Report on horse surra - Volume I
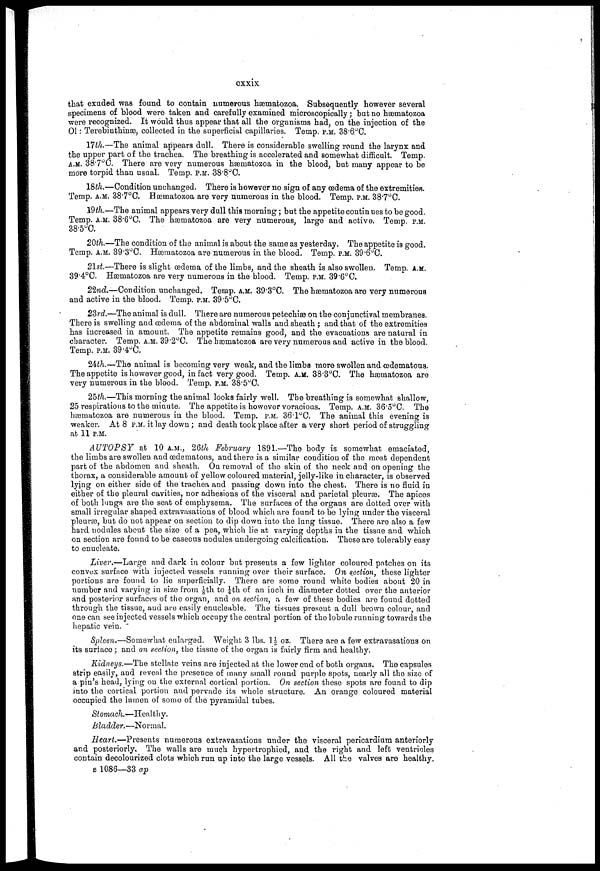
cxxix
that exuded was found to contain numerous hæmatozoa. Subsequently however several
specimens of blood were taken and carefully examined microscopically; but no hæmatozoa
were recognized. It would thus appear that all the organisms had, on the injection of the
Ol: Terebinthinæ, collected in the superficial capillaries. Temp. P.M. 38.6°C.
17th.—The animal appears dull. There is considerable swelling round the larynx and
the upper part of the trachea. The breathing is accelerated and somewhat difficult. Temp.
A.M. 38.7°0. There are very numerous hæmatozoa in the blood, but many appear to be
more torpid than usual. Temp. P.M. 38.8°C.
18th.—Condition unchanged. There is however no sign of any œdema of the extremities.
Temp. A.M. 38.7°C. Hæmatozoa are very numerous in the blood. Temp. P.M. 38.7°C.
19th.—The animal appears very dull this morning; but the appetite continues to be good.
Temp. A.M. 38.6°C, The hæmatozoa are very numerous, large and active. Temp. P.M.
38.5°C.
20th.—The condition of the animal is about the same as yesterday. The appetite is good.
Temp. A.M 39.3°C. Hæmatozoa are numerous in the blood. Temp. P.M. 39.6°C.
21st.—There is slight œdema of the limbs, and the sheath is also swollen. Temp. A.M.
39.4°C. Hæmatozoa are very numerous in the blood. Temp. P.M. 39.6°C.
22nd.—Condition unchanged. Temp. A.M. 39.3°C. The hæniatozoa are very numerous
and active in the blood. Temp. P.M. 39.5°C.
23rd.—The animal is dull. There are numerous petechias on the conjunctival membranes.
There is swelling and œdema of the abdominal walls and sheath : and that of the extremities
has increased in amount. The appetite remains good, and the evacuations are natural in
character . Temp. A.M. 39.2°C. The hæmatozoa are very numerous and active in the blood.
Temp. P.M. 39.4°C.
24th.—The animal is becoming very weak, and the limbs more swollen and œdematous.
The appetite is however good, in fact very good. Temp. A.M. 38.3°C. The hæmatozoa are
very numerous in the blood. Temp. P.M. 38.5°C.
25th.—This morning the animal looks fairly well. The breathing is somewhat shallow,
25 respirations to the minute. The appetite is however voracious. Temp. A.M. 36.5°C. The
hæmatozoa are numerous in the blood. Temp. P.M. 36.1°C. The animal this evening is
weaker. At 8 P.M. it lay down; and death took place after a very short period of struggling
at 11 P.M.
AUTOPSY at 10 A.M., 26th February 1891.—The body is somewhat emaciated,
the limbs are swollen and œdematous, and there is a similar condition of the most dependent
part of the abdomen and sheath. On removal of the skin of the neck and on opening the
thorax, a considerable amount of yellow coloured material, jelly-like in character, is observed
lying on either side of the trachea and passing down into the chest. There is no fluid in
either of the pleural cavities, nor adhesions of the visceral and parietal pleuræ. The apices
of both lungs are the seat of emphysema. The surfaces of the organs are dotted over with
small irregular shaped extravasations of blood which are found to be lying under the visceral
pleurae, but do not appear on section to dip down into the lung tissue. There are also a few
hard nodules about the size of a pea, which lie at varying depths in the tissue and which
on section are found to be caseous nodules undergoing calcification. These are tolerably easy
to enucleate.
Liver.—Large and dark in colour but presents a few lighter coloured patches on its
convex surface with injected vessels running over their surface. On section, these lighter
portions are found to lie superficially. There are some round white bodies about 20 in
number and varying in size from -1/8 th to 1/4 th of an iuch in diameter dotted over the anterior
and posterior surfaces of the organ, and on section, a few of these bodies are found dotted
through the tissue., and are easily enucleable. The tissues present a dull brown colour, and
one can see injected vessels which occupy the central portion of the lobule running towards the
hepatic vein.
Spleen.— Somewhat enlarged. Weight 3 lbs. 1½ oz. There are a few extravasations on
its surface; and on section, the tissue of the organ is fairly firm and healthy.
Kidneys.—The stellate veins are injected at the lower end of both organs. The capsules
strip easily, and reveal the presence of many small round purple spots, nearly all the size of
a pin's head, lying on the external cortical portion. On section these spots are found to dip
into the cortical portion and pervade its whole structure. An orange coloured material
occupied the lumen of some of the pyramidal tubes.
Stomach.—Healthy.
Bladder.—Normal.
Heart.—Presents numerous extravasations under the visceral pericardium anteriorly
and posteriorly. The walls are much hypertrophied, and the right and left ventricles
contain decolourized clots which run up into the large vessels. All the valves are healthy.
B 1086—33 ap